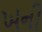
ખની